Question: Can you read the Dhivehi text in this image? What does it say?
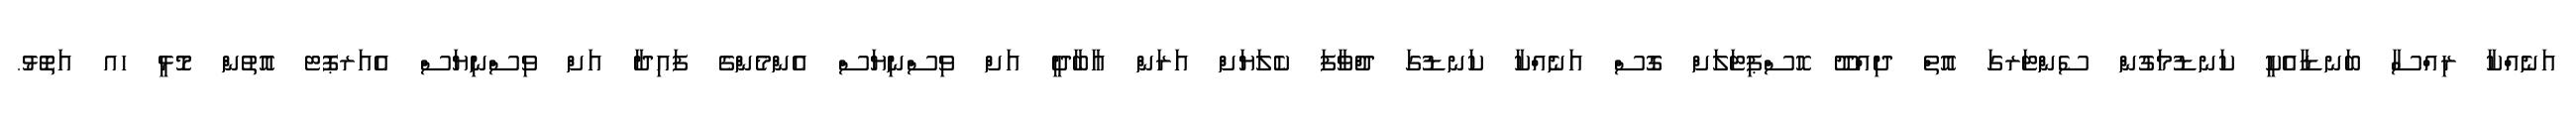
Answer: އަނެއްކާ ރިއްސާ ބަނޑާއެކީ ކަނޑުމަގުން ސެންޓަރގަ އޮތް ދިއްދޫ ހޮސްޕިޓަލަށް ގޮސް އަނެއްކާ ކަނޑުގަ ދުްވާފަ ކެލަޔަށް އަރަން އާބާދީ އަށް ވިސްނިޔަސް އެންމެންގެ ފައިދާ އަށް ވިސްނިޔަސް އެއަރޕޮޓ އޮތުން މޮޅީ ހއ އަތޮޅު.